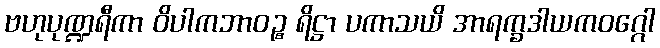
ဗဟုပုဏ္ဍရီကာ ဝိပါကဘာဝဉ္စ ရိဋ္ဌာ ပကာသယိ အာရက္ခဒါယကဝဂ္ဂေါ